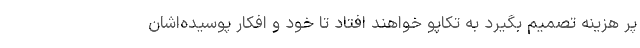
پر هزینه تصمیم بگیرد به تکاپو خواهند افتاد تا خود و افکار پوسیده‌اشان